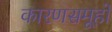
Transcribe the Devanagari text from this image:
कारणसमूहों